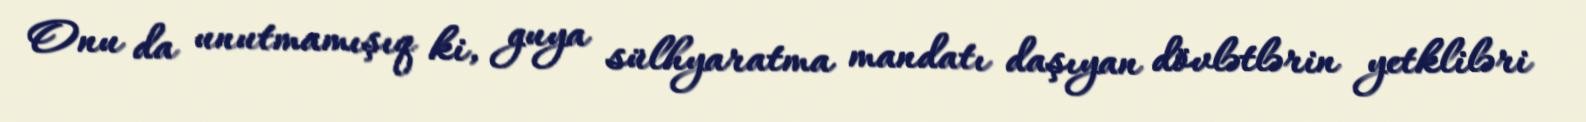
Onu da unutmamışıq ki, guya sülhyaratma mandatı daşıyan dövlətlərin yetkliləri